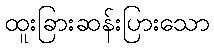
ထူးခြားဆန်းပြားသော